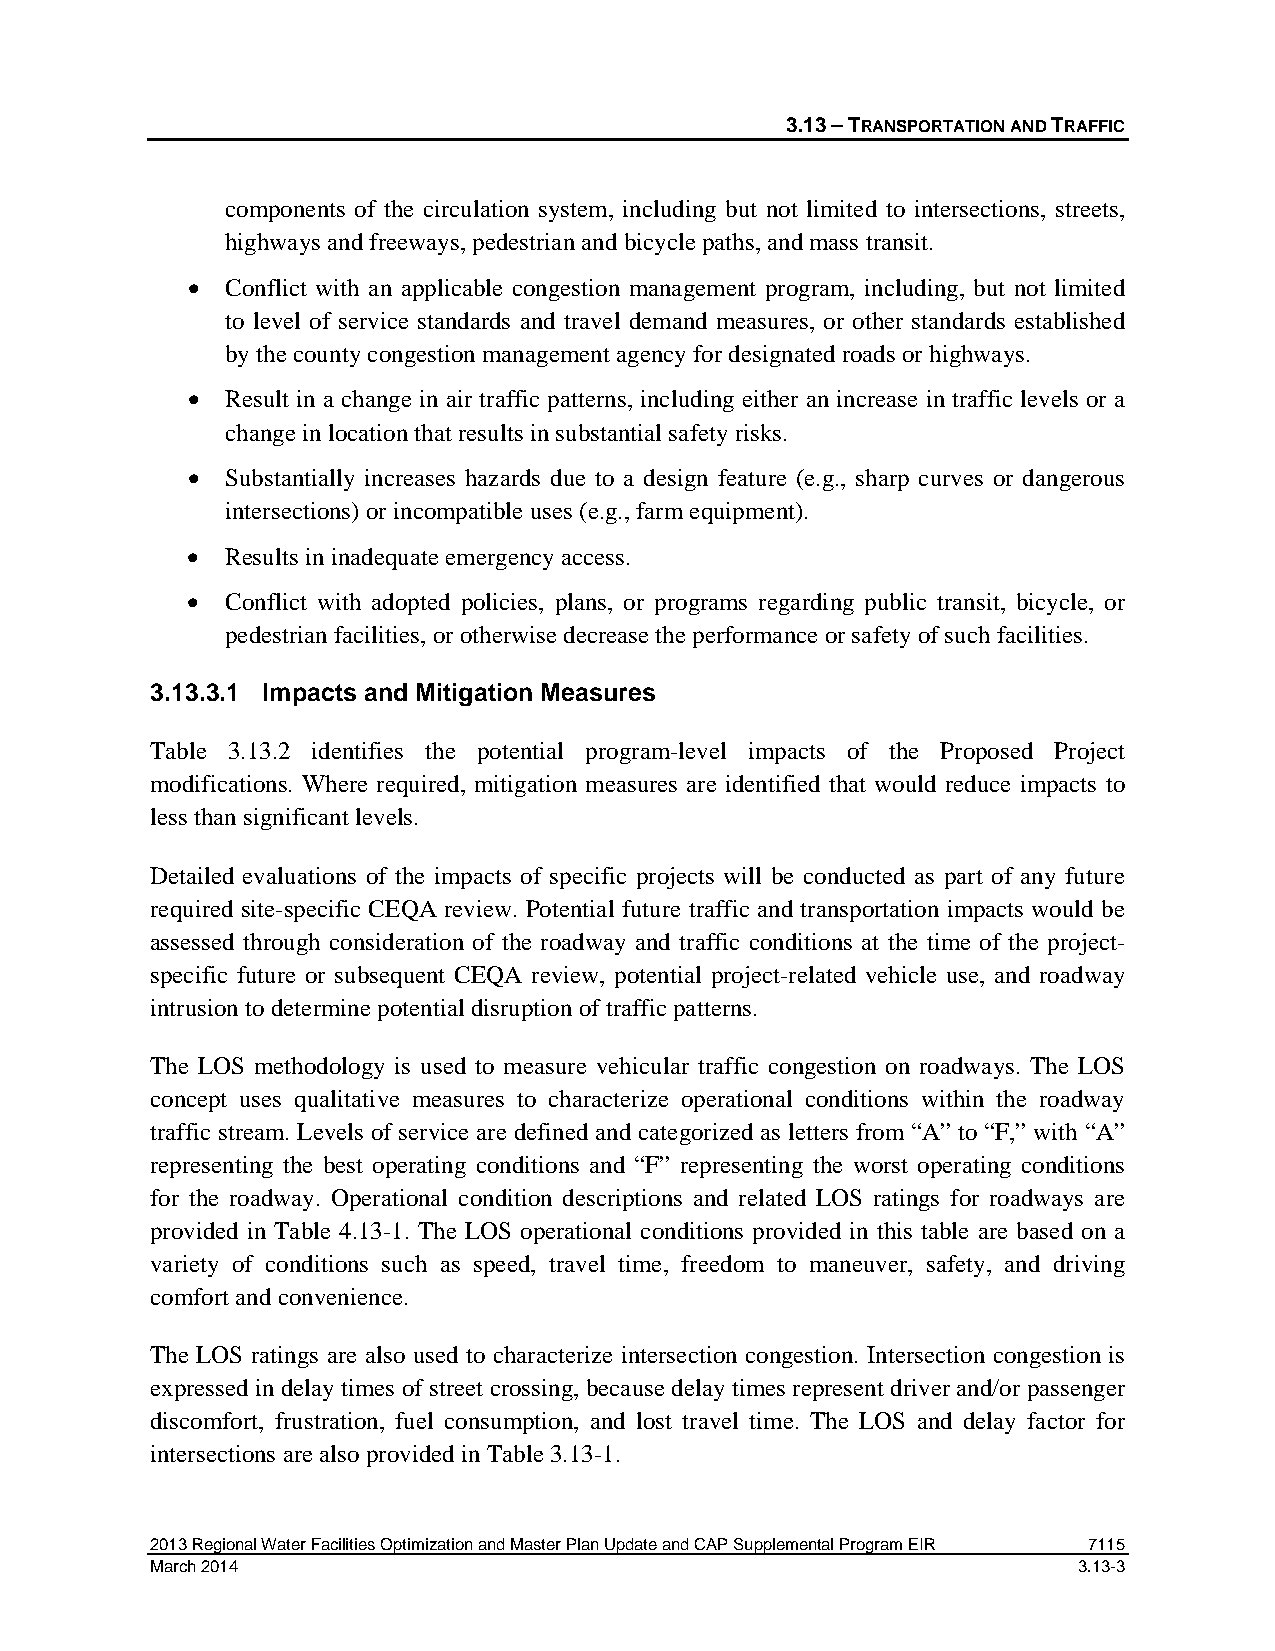
3.13 – TRANSPORTATION AND TRAFFIC
 components of the circulation system, including but not limited to intersections, streets,
 highways and freeways, pedestrian and bicycle paths, and mass transit.
 •  Conflict with an applicable congestion management program, including, but not limited
 to level of service standards and travel demand measures, or other standards established
 by the county congestion management agency for designated roads or highways.
 •  Result in a change in air traffic patterns, including either an increase in traffic levels or a
 change in location that results in substantial safety risks.
 •  Substantially increases hazards due to a design feature (e.g., sharp curves or dangerous
 intersections) or incompatible uses (e.g., farm equipment).
 •  Results in inadequate emergency access.
 •  Conflict with adopted policies, plans, or programs regarding public transit, bicycle, or
 pedestrian facilities, or otherwise decrease the performance or safety of such facilities.
 3.13.3.1 Impacts and Mitigation Measures
 Table 3.13.2 identifies the potential program-level impacts of the Proposed Project
 modifications. Where required, mitigation measures are identified that would reduce impacts to
 less than significant levels.
 Detailed evaluations of the impacts of specific projects will be conducted as part of any future
 required site-specific CEQA review. Potential future traffic and transportation impacts would be
 assessed through consideration of the roadway and traffic conditions at the time of the project-
 specific future or subsequent CEQA review, potential project-related vehicle use, and roadway
 intrusion to determine potential disruption of traffic patterns.
 The LOS methodology is used to measure vehicular traffic congestion on roadways. The LOS
 concept uses qualitative measures to characterize operational conditions within the roadway
 traffic stream. Levels of service are defined and categorized as letters from “A” to “F,” with “A”
 representing the best operating conditions and “F” representing the worst operating conditions
 for the roadway. Operational condition descriptions and related LOS ratings for roadways are
 provided in Table 4.13-1. The LOS operational conditions provided in this table are based on a
 variety of conditions such as speed, travel time, freedom to maneuver, safety, and driving
 comfort and convenience.
 The LOS ratings are also used to characterize intersection congestion. Intersection congestion is
 expressed in delay times of street crossing, because delay times represent driver and/or passenger
 discomfort, frustration, fuel consumption, and lost travel time. The LOS and delay factor for
 intersections are also provided in Table 3.13-1.
 2013 Regional Water Facilities Optimization and Master Plan Update and CAP Supplemental Program EIR 7115
 March 2014                                                   3.13-3